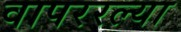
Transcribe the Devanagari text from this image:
वापररल्या